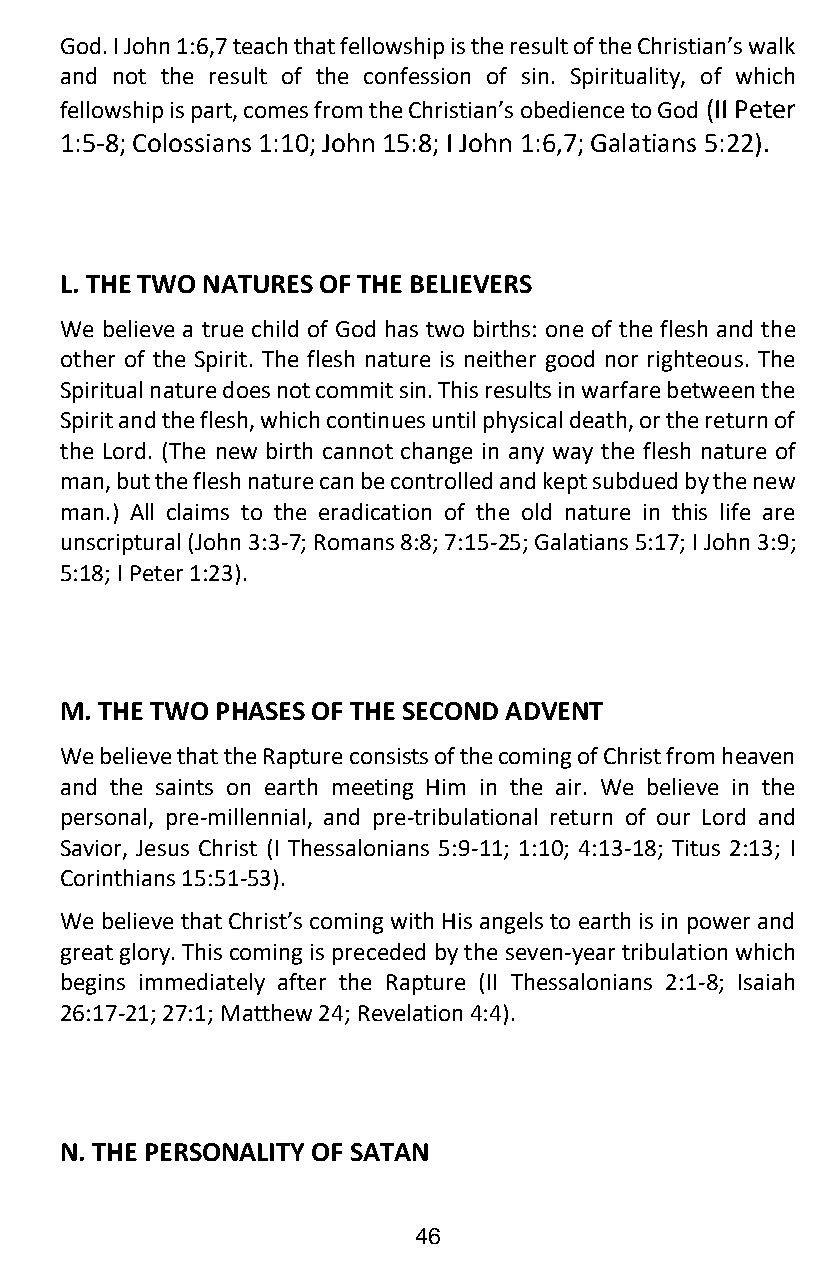
God. I John 1:6,7 teach that fellowship is the result of the Christian’s walk
 and not the result of the confession of sin. Spirituality, of which
 fellowship is part, comes from the Christian’s obedience to God (II Peter
 1:5-8; Colossians 1:10; John 15:8; I John 1:6,7; Galatians 5:22).
 L. THE TWO NATURES OF THE BELIEVERS
 We believe a true child of God has two births: one of the flesh and the
 other of the Spirit. The flesh nature is neither good nor righteous. The
 Spiritual nature does not commit sin. This results in warfare between the
 Spirit and the flesh, which continues until physical death, or the return of
 the Lord. (The new birth cannot change in any way the flesh nature of
 man, but the flesh nature can be controlled and kept subdued by the new
 man.) All claims to the eradication of the old nature in this life are
 unscriptural (John 3:3-7; Romans 8:8; 7:15-25; Galatians 5:17; I John 3:9;
 5:18; I Peter 1:23).
 M. THE TWO PHASES OF THE SECOND ADVENT
 We believe that the Rapture consists of the coming of Christ from heaven
 and the saints on earth meeting Him in the air. We believe in the
 personal, pre-millennial, and pre-tribulational return of our Lord and
 Savior, Jesus Christ (I Thessalonians 5:9-11; 1:10; 4:13-18; Titus 2:13; I
 Corinthians 15:51-53).
 We believe that Christ’s coming with His angels to earth is in power and
 great glory. This coming is preceded by the seven-year tribulation which
 begins immediately after the Rapture (II Thessalonians 2:1-8; Isaiah
 26:17-21; 27:1; Matthew 24; Revelation 4:4).
 N. THE PERSONALITY OF SATAN
 46